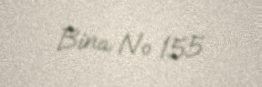
Bina № 155